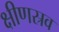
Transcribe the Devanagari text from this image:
क्षीणस्रव